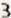
3